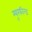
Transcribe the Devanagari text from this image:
म्यूरफील्ड